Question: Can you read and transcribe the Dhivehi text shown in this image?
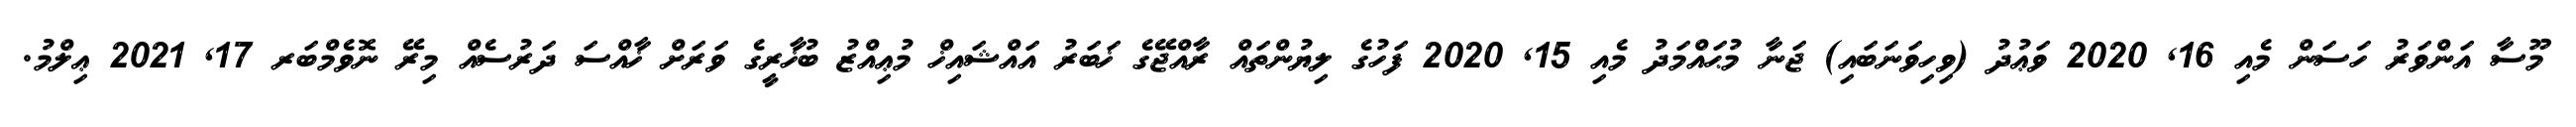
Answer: މޫސާ އަންވަރު ހަސަން މެއި 16, 2020 ވަޢުދު (ވިހިވަނަބައި) ޖަނާ މުޙައްމަދު މެއި 15, 2020 ފަހުގެ ލިޔުންތައް ރާއްޖޭގެ ޚަބަރު އައްޝައިޚް މުޢިއްޒު ބުޚާރީގެ ވަރަށް ޚާއްސަ ދަރުސެއް މިރޭ ނޮވެމްބަރ 17, 2021 ޢިލްމު.